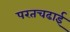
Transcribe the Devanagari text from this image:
परतचढाई